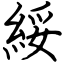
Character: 綏